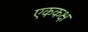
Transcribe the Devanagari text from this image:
एककक्ष